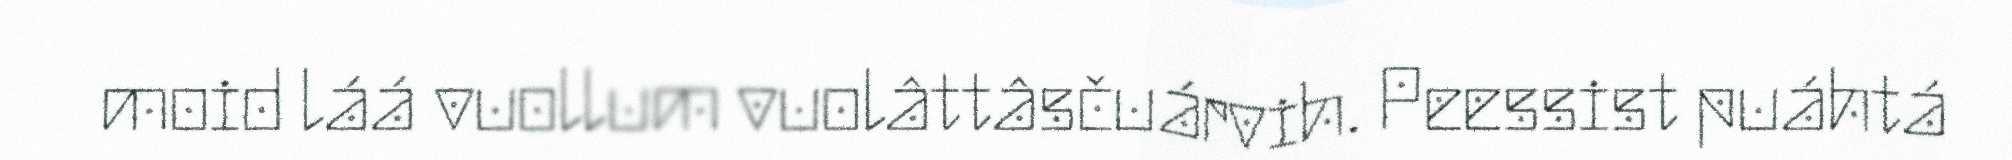
moid láá vuollum vuolâttâsčuárvih. Peessist puáhtá